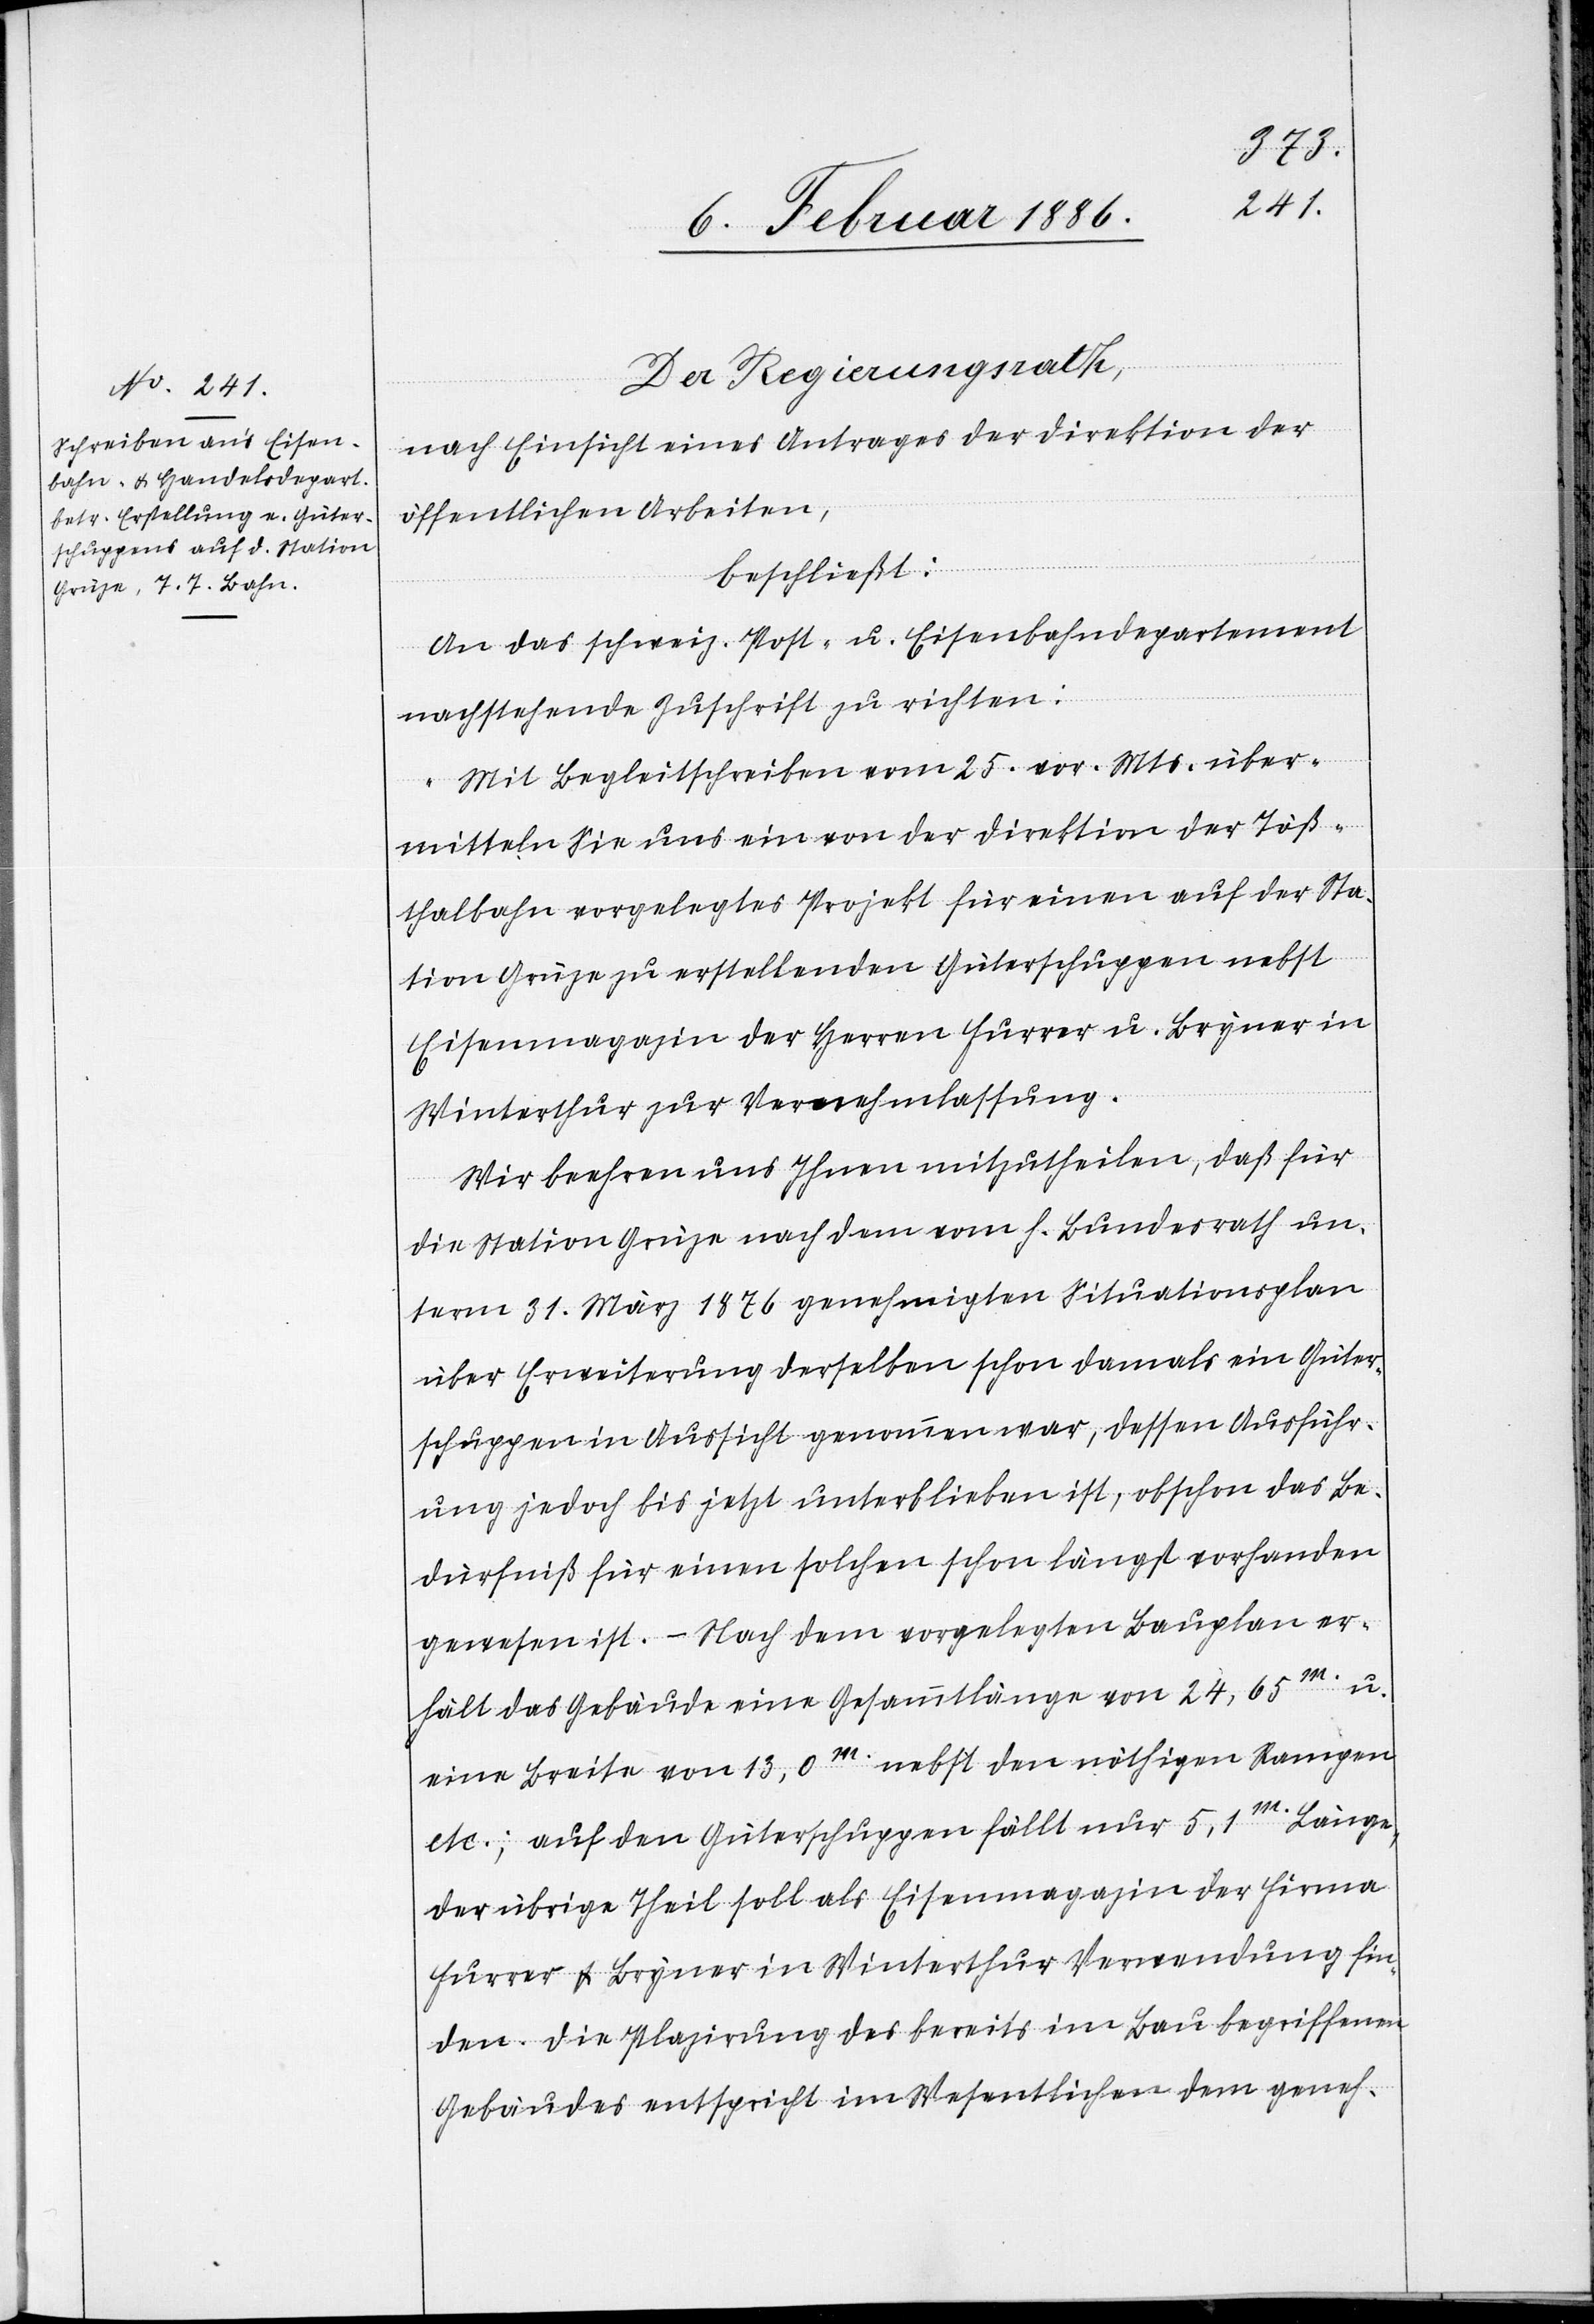
Der Regierungsrath,
nach Einsicht eines Antrages der Direktion der
öffentlichen Arbeiten,
beschließt:
An das schweiz. Post- u. Eisenbahndepartement
nachstehende Zuschrift zu richten:
„Mit Begleitschreiben vom 25. vor. Mts. über¬
mitteln Sie uns ein von der Direktion der Töß¬
thalbahn vorgelegtes Projekt für einen auf der Sta¬
tion Grüze zu erstellenden Güterschuppen nebst
Eisenmagazin der Herrn Furrer u. Bryner in
Winterthur zur Vernehmlassung.
Wir beehren uns Ihnen mitzutheilen, daß für
die Station Grüze nach dem von h. Bundesrath un¬
term 31. März 1876 genehmigten Situationsplan
über Erweiterung derselben schon damals ein Güter¬
schuppen in Aussicht genommen war, dessen Ausführ¬
ung jedoch bis jetzt unterblieben ist, obschon das Be¬
dürfniß für einen solchen schon längst vorhanden
gewesen ist. – Nach dem vorgelegten Bauplan er¬
hält das Gebäude eine Gesammtlänge von 24,65m. u.
eine Breite von 13,0m. nebst dem nöthigen Rampen
etc.; auf den Güterschuppen fällt nur 5,1m. Länge,
der übrige Theil soll als Eisenmagazin der Firma
Furrer & Bryner in Winterthur Verwendung fin¬
den. Die Plazierung des bereits im Bau begriffenen
Gebäudes entspricht im Wesentlichen dem geneh-